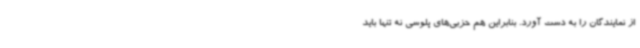
از نمایندگان را به دست آورد. بنابراین هم حزبی‌های پلوسی نه تنها باید